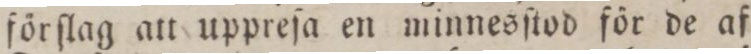
förſlag att uppreſa en minnesſtod för de aſ